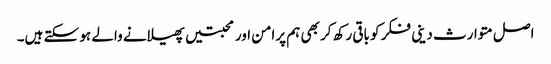
اصل متوارث دینی فکر کو باقی رکھ کر بھی ہم پرامن اور محبتیں پھیلانے والے ہو سکتے ہیں۔